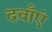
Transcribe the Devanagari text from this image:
दवाँएं